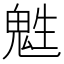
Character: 𩲵